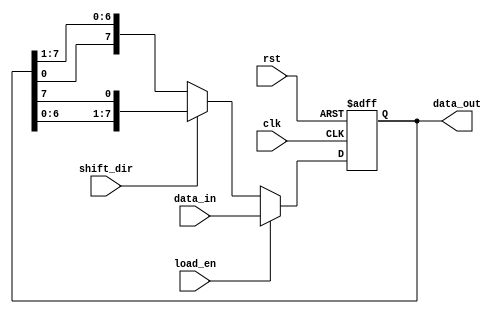
module universal_shift_register (
    input wire clk,           // Clock input
    input wire rst,           // Reset input
    input wire shift_dir,     // Shift direction input (0 for right shift, 1 for left shift)
    input wire load_en,       // Load enable input
    input wire [7:0] data_in, // Data input
    output reg [7:0] data_out // Data output
);

reg [7:0] shift_reg; // Shift register storage

always @(posedge clk or posedge rst) begin
    if (rst) begin
        shift_reg <= 8'd0;
    end else begin
        if (load_en) begin
            shift_reg <= data_in;
        end else begin
            if (shift_dir) begin
                shift_reg <= {shift_reg[6:0], shift_reg[7]};
            end else begin
                shift_reg <= {shift_reg[0], shift_reg[7:1]};
            end
        end
    end
end

assign data_out = shift_reg;

endmodule